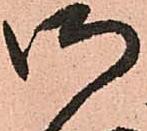
御